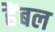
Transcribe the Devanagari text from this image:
हैंबल